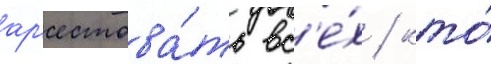
ар'естова́ть вс'е́х / кто́